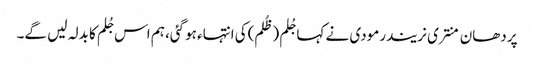
پردھان منتری نریندرمودی نے کہا جُلم (ظُلم)کی انتہاء ہوگئی، ہم اس جُلم کا بدلہ لیں گے۔